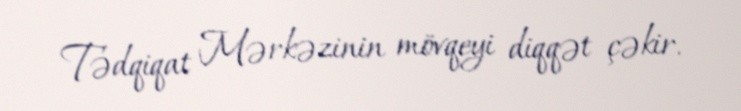
Tədqiqat Mərkəzinin mövqeyi diqqət çəkir.